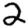
Digit: 2